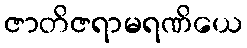
ဇာတိဇရာမရဏိယေ